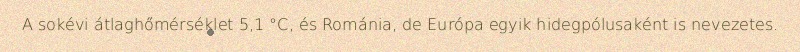
A sokévi átlaghőmérséklet 5,1 °C, és Románia, de Európa egyik hidegpólusaként is nevezetes.